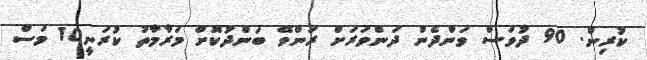
ކުރިން. 90 ދުވަސް ވަންދެން ދަންވަރަށް ރަންވޭ ބަންދުކޮށް މަރާމާތު ކުރަނީ10 މަސް